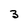
Character: 3